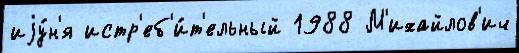
иjу́н'я истр'еб'и́т'ельный 1988 М'ихайлов'ич